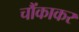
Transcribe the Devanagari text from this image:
चौंकाकर